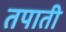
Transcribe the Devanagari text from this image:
तपाती